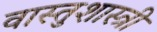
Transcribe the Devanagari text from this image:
वास्‍तुशास्‍त्री